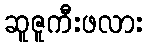
ဆူဇူကီးဖလား